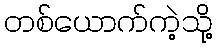
တစ်ယောက်ကဲ့သို့